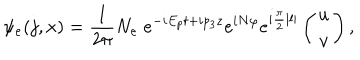
\psi _ { e } ( j , x ) = { \frac { 1 } { 2 \pi } } N _ { e } \; e ^ { - i E _ { p } t + i p _ { 3 } z } e ^ { i N \varphi } e ^ { i { \frac { \pi } { 2 } } | l | } \left( \begin{matrix} { { u } } \\ { { v } } \\ \end{matrix} \right) ,